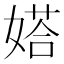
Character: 㜓